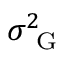
\sigma _ { \mathrm { ~ G ~ } } ^ { 2 }